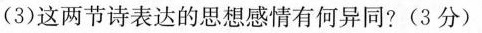
(3)这两节诗表达的思想感情有何异同？(3分)